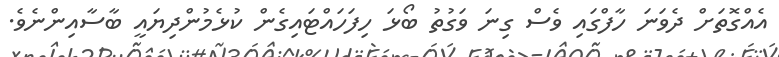
އެއްގޮތަށް ދެވަނަ ހާފްގައި ވެސް ގިނަ ވަގުތު ބޯޅަ ހިފަހައްޓައިގެން ކުޅެމުންދިޔައީ ބާސާއިންނެވެ.